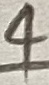
Text: 4